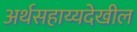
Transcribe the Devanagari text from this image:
अर्थसहाय्यदेखील